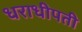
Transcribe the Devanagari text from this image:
धराधीपती